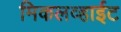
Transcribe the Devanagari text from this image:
मिकलव्हाईट